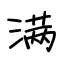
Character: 满